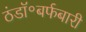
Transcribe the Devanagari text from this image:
ठंडॉ॰बर्फबारी